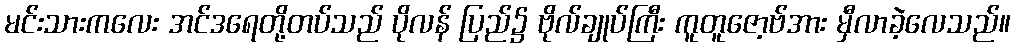
မင်းသားကလေး အင်ဒရေတို့တပ်သည် ပိုလန် ပြည်၌ ဗိုလ်ချုပ်ကြီး ကူတူဇော့ဗ်အား မှီလာခဲ့လေသည်။